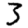
Digit: 3